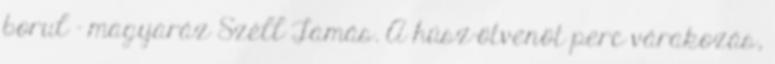
borul – magyaráz Széll Tamás. A húsz-ötvenöt perc várakozás,